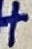
Text: +